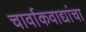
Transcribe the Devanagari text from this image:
चार्वाकवाद्यांचा